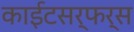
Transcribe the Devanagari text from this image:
काईटसर्फर्स